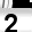
Digit: 2